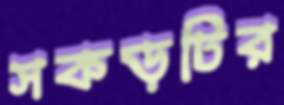
সকড়টির